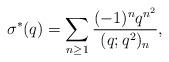
LaTeX: \begin{align*} \sigma^{*}(q)=\sum_{n\ge1}\frac{(-1)^nq^{n^2}}{(q;q^2)_n},\end{align*}